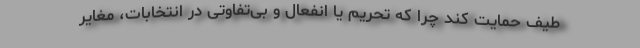
طیف حمایت کند چرا که تحریم یا انفعال و بی‌تفاوتی در انتخابات، مغایر